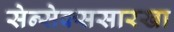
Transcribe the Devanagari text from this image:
सेन्सेक्ससारखा